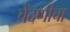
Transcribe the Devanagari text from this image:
चेंदणीचा